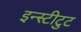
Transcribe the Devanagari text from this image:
इन्स्टीटुट